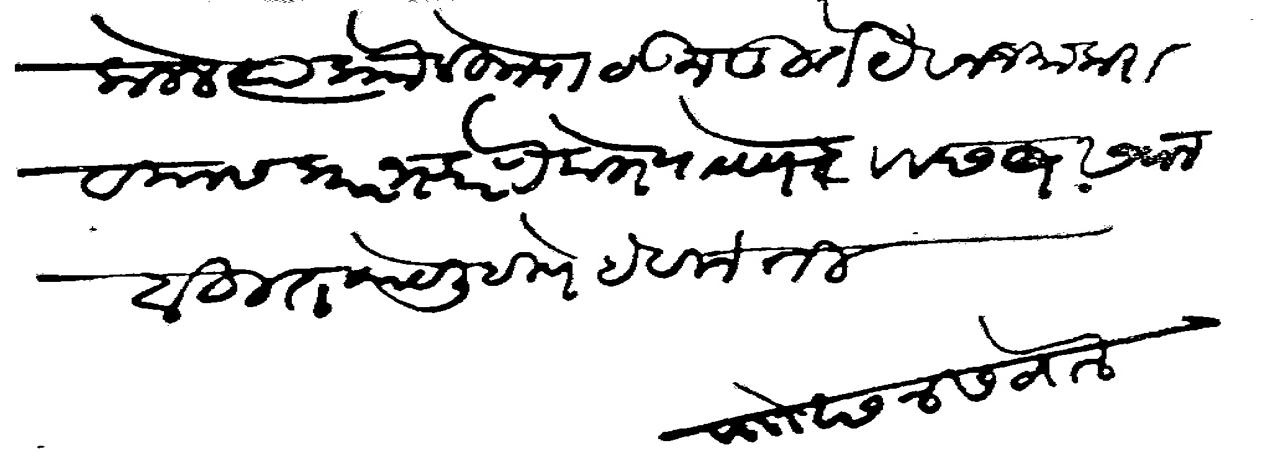
Transliteration (Devanagari): कलेल त्या प्राो लीहून पाठवून तूर्त यैवज जमा करावयास प्रारंभ करणे लोभ पावणे छ२१ सवाल बहुत काये लिहीणे हे विनती पाौ छ४ सवाल